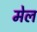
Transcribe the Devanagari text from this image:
मेल